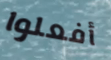
أفعلوا